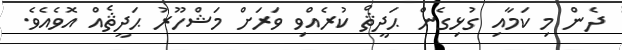
ދެން މި ކަމާއި ގުޅިގެން ޙަދީޘް ކުރެއްވި ވަރަށް މަޝްހޫރު ޙަދީޘެއް އޮވެއެވެ.